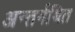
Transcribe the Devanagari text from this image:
अन्तर्गथित